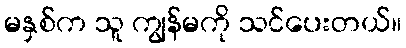
မနှစ်က သူ ကျွန်မကို သင်ပေးတယ်။